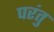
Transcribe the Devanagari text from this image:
परंतु